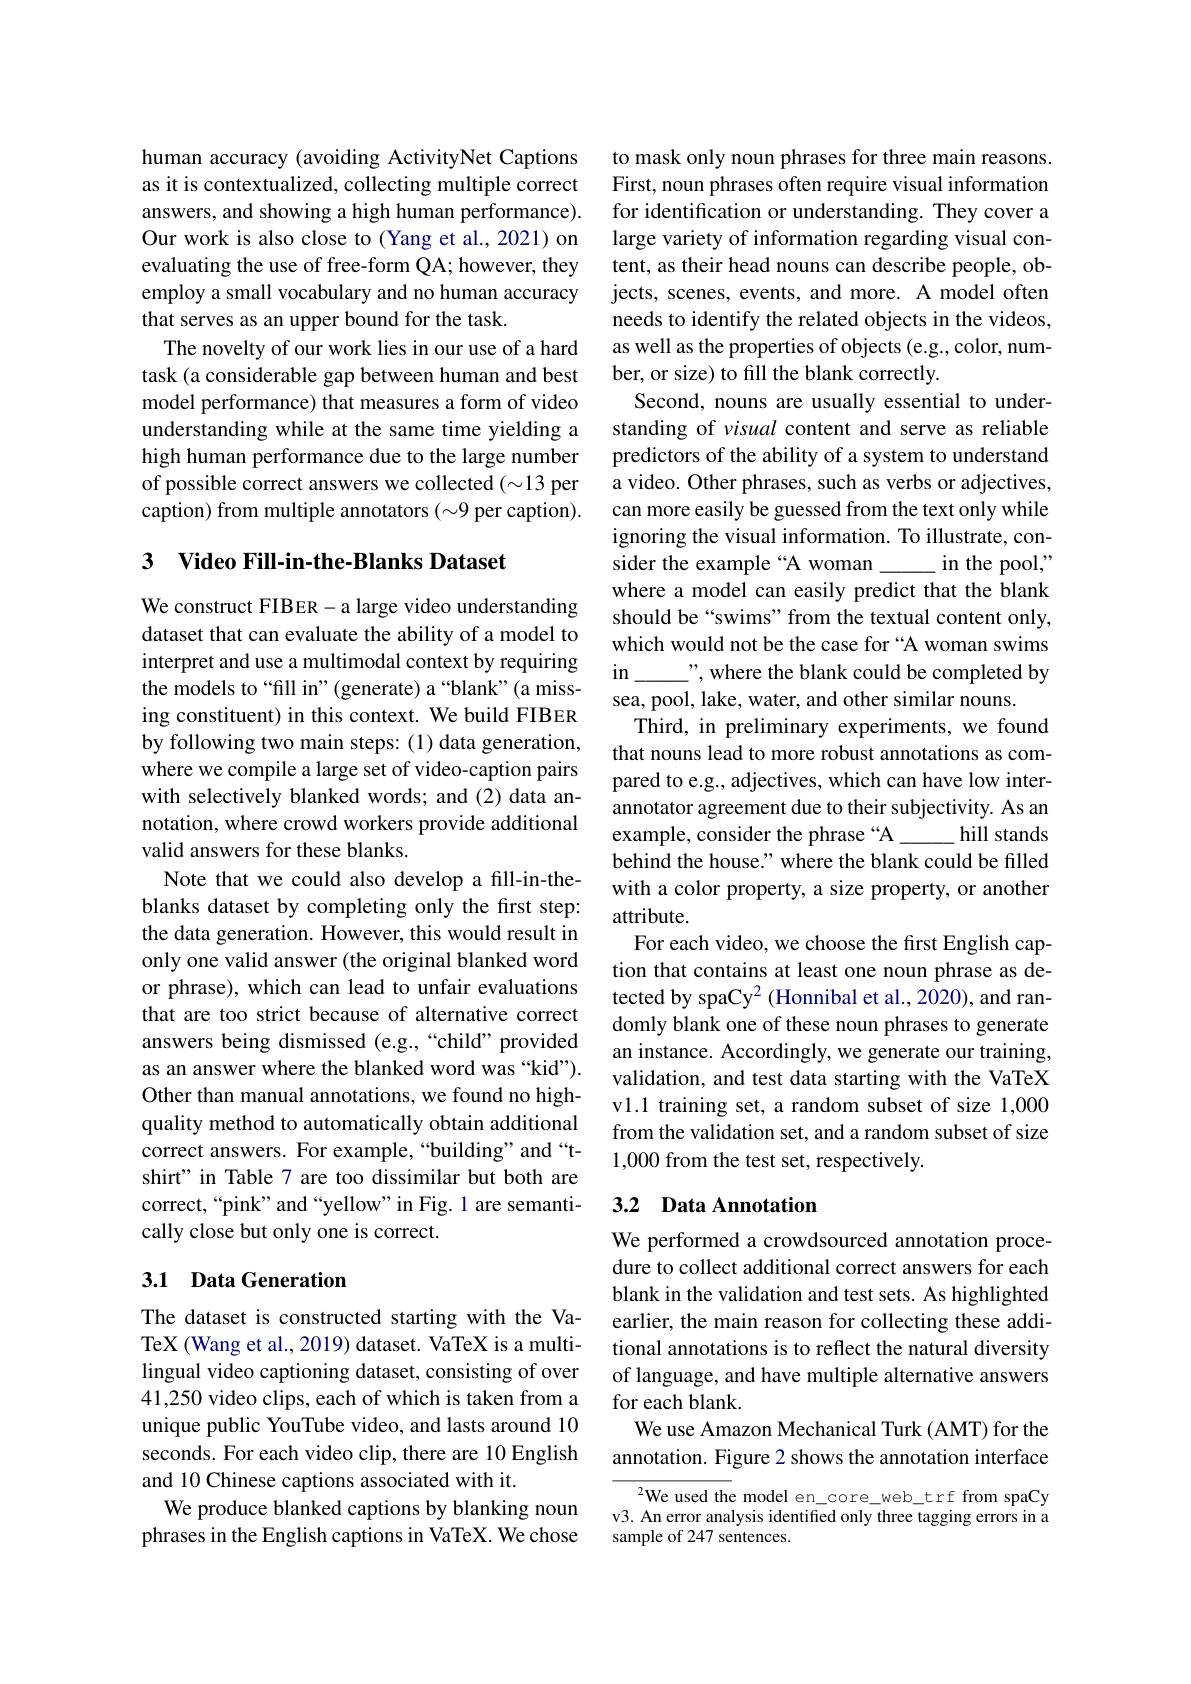
human accuracy (avoiding ActivityNet Captions as it is contextualized, collecting multiple correct answers, and showing a high human performance). Our work is also close to (Yang et al., 2021) on evaluating the use of free-form QA; however, they employ a small vocabulary and no human accuracy that serves as an upper bound for the task.
The novelty of our work lies in our use of a hard task (a considerable gap between human and best model performance) that measures a form of video understanding while at the same time yielding a high human performance due to the large number of possible correct answers we collected (~13 per caption) from multiple annotators $(\sim9$ per caption).

# 3 Video Fill-in-the-Blanks Dataset

We construct FIBER - a large video understanding dataset that can evaluate the ability of a model to interpret and use a multimodal context by requiring the models to“fill in”(generate) a“blank"(a missing constituent) in this context. We build FIBER by following two main steps: (1) data generation, where we compile a large set of video-caption pairs with selectively blanked words; and (2) data annotation, where crowd workers provide additional valid answers for these blanks.
Note that we could also develop a fill-in-theblanks dataset by completing only the first step: the data generation. However, this would result in only one valid answer (the original blanked word or phrase), which can lead to unfair evaluations that are too strict because of alternative correct answers being dismissed (e.g.,“child”provided as an answer where the blanked word was “kid”). Other than manual annotations, we found no highquality method to automatically obtain additional correct answers. For example,“building”and“tshirt" in Table 7 are too dissimilar but both are correct,“pink”and“yellow”in Fig.1 are semantically close but only one is correct.

## 3.1 Data Generation

The dataset is constructed starting with the VaTeX (Wang et al., 2019) dataset. VaTeX is a multilingual video captioning dataset, consisting of over 41,250 video clips, each of which is taken from a unique public YouTube video, and lasts around 10 seconds. For each video clip, there are 10 English and 10 Chinese captions associated with it.
We produce blanked captions by blanking noun phrases in the English captions in VaTeX. We chose

to mask only noun phrases for three main reasons. First, noun phrases often require visual information for identification or understanding. They cover a large variety of information regarding visual content, as their head nouns can describe people, objects, scenes, events, and more. A model often needs to identify the related objects in the videos, as well as the properties of objects (e.g., color, number, or size) to fill the blank correctly.
Second, nouns are usually essential to understanding of visual content and serve as reliable predictors of the ability of a system to understand a video. Other phrases, such as verbs or adjectives, can more easily be guessed from the text only while ignoring the visual information. To illustrate, consider the example “A woman\_
$\_$in the pool,"
where a model can easily predict that the blank should be“swims”from the textual content only, which would not be the case for “A woman swims $in.$
$\_”$,where the blank could be completed by
sea, pool, lake, water, and other similar nouns.
Third, in preliminary experiments, we found that nouns lead to more robust annotations as compared to e.g., adjectives, which can have low interannotator agreement due to their subjectivity. As an example, consider the phrase “A
hill stands
behind the house." where the blank could be filled with a color property, a size property, or another attribute.
For each video, we choose the first English caption that contains at least one noun phrase as detected by spaCy$^2$ (Honnibal et al., 2020), and randomly blank one of these noun phrases to generate an instance. Accordingly, we generate our training, validation, and test data starting with the VaTeX vl.1 training set, a random subset of size 1,000 from the validation set, and a random subset of size 1,000 from the test set, respectively.

# 3.2 Data Annotation

We performed a crowdsourced annotation procedure to collect additional correct answers for each blank in the validation and test sets. As highlighted earlier, the main reason for collecting these additional annotations is to reflect the natural diversity of language, and have multiple alternative answers for each blank.
We use Amazon Mechanical Turk (AMT) for the annotation. Figure 2 shows the annotation interface

$^2$We used the model en\_core\_web\_trf from spaCy v3. An error analysis identified only three tagging errors in a sample of 247 sentences.